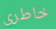
خاطري